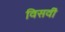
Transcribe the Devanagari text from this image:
विसवीं